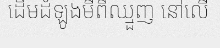
ដើមដំឡូងមីពីឈ្មួញ នៅលើ